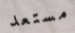
مستعد